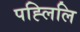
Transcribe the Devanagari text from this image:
पह्लिलि